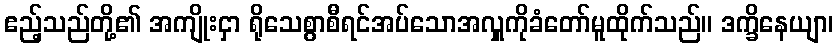
ဧည့်သည်တို့၏ အကျိုးငှာ ရိုသေစွာစီရင်အပ်သောအလှူကိုခံတော်မူထိုက်သည်။ ဒက္ခိနေယျာ၊